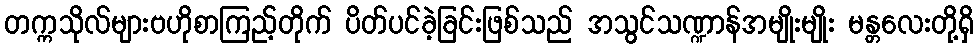
တက္ကသိုလ်များဗဟိုစာကြည့်တိုက် ပိတ်ပင်ခဲ့ခြင်းဖြစ်သည် အသွင်သဏ္ဍာန်အမျိုးမျိုး မန္တလေးတို့ရှိ